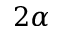
2 \alpha